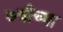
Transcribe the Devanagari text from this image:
७वीच्या